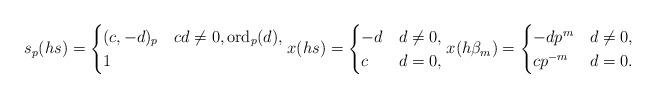
LaTeX: \begin{align*} s_p(h s) = \begin{cases} (c,-d)_p & cd \neq 0, \mathrm{ord}_p(d) , \\ 1 & \end{cases} x(h s) = \begin{cases} -d & d \neq 0,\\ c & d = 0, \end{cases} x(h\beta_m) = \begin{cases} -dp^m & d \neq 0,\\ cp^{-m} & d = 0. \end{cases}\end{align*}